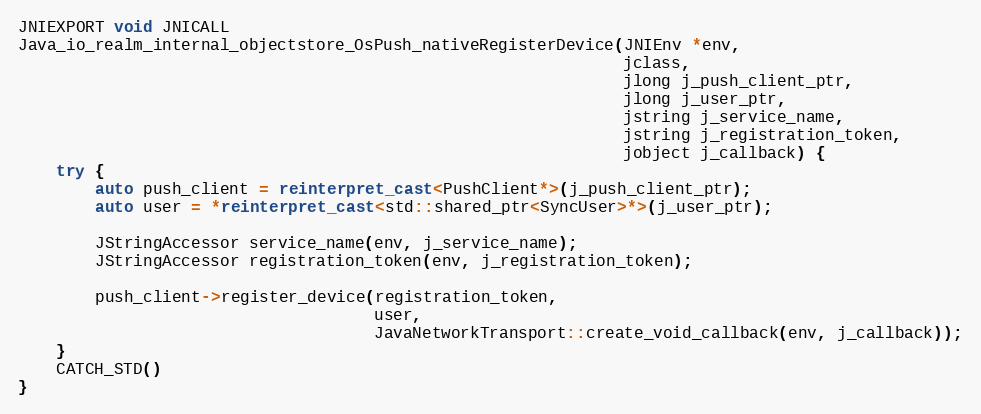
Language: C++
JNIEXPORT void JNICALL
Java_io_realm_internal_objectstore_OsPush_nativeRegisterDevice(JNIEnv *env,
                                                               jclass,
                                                               jlong j_push_client_ptr,
                                                               jlong j_user_ptr,
                                                               jstring j_service_name,
                                                               jstring j_registration_token,
                                                               jobject j_callback) {
    try {
        auto push_client = reinterpret_cast<PushClient*>(j_push_client_ptr);
        auto user = *reinterpret_cast<std::shared_ptr<SyncUser>*>(j_user_ptr);

        JStringAccessor service_name(env, j_service_name);
        JStringAccessor registration_token(env, j_registration_token);

        push_client->register_device(registration_token,
                                     user,
                                     JavaNetworkTransport::create_void_callback(env, j_callback));
    }
    CATCH_STD()
}